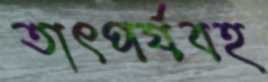
তাৎপর্যবহ